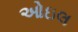
ઓઇલ